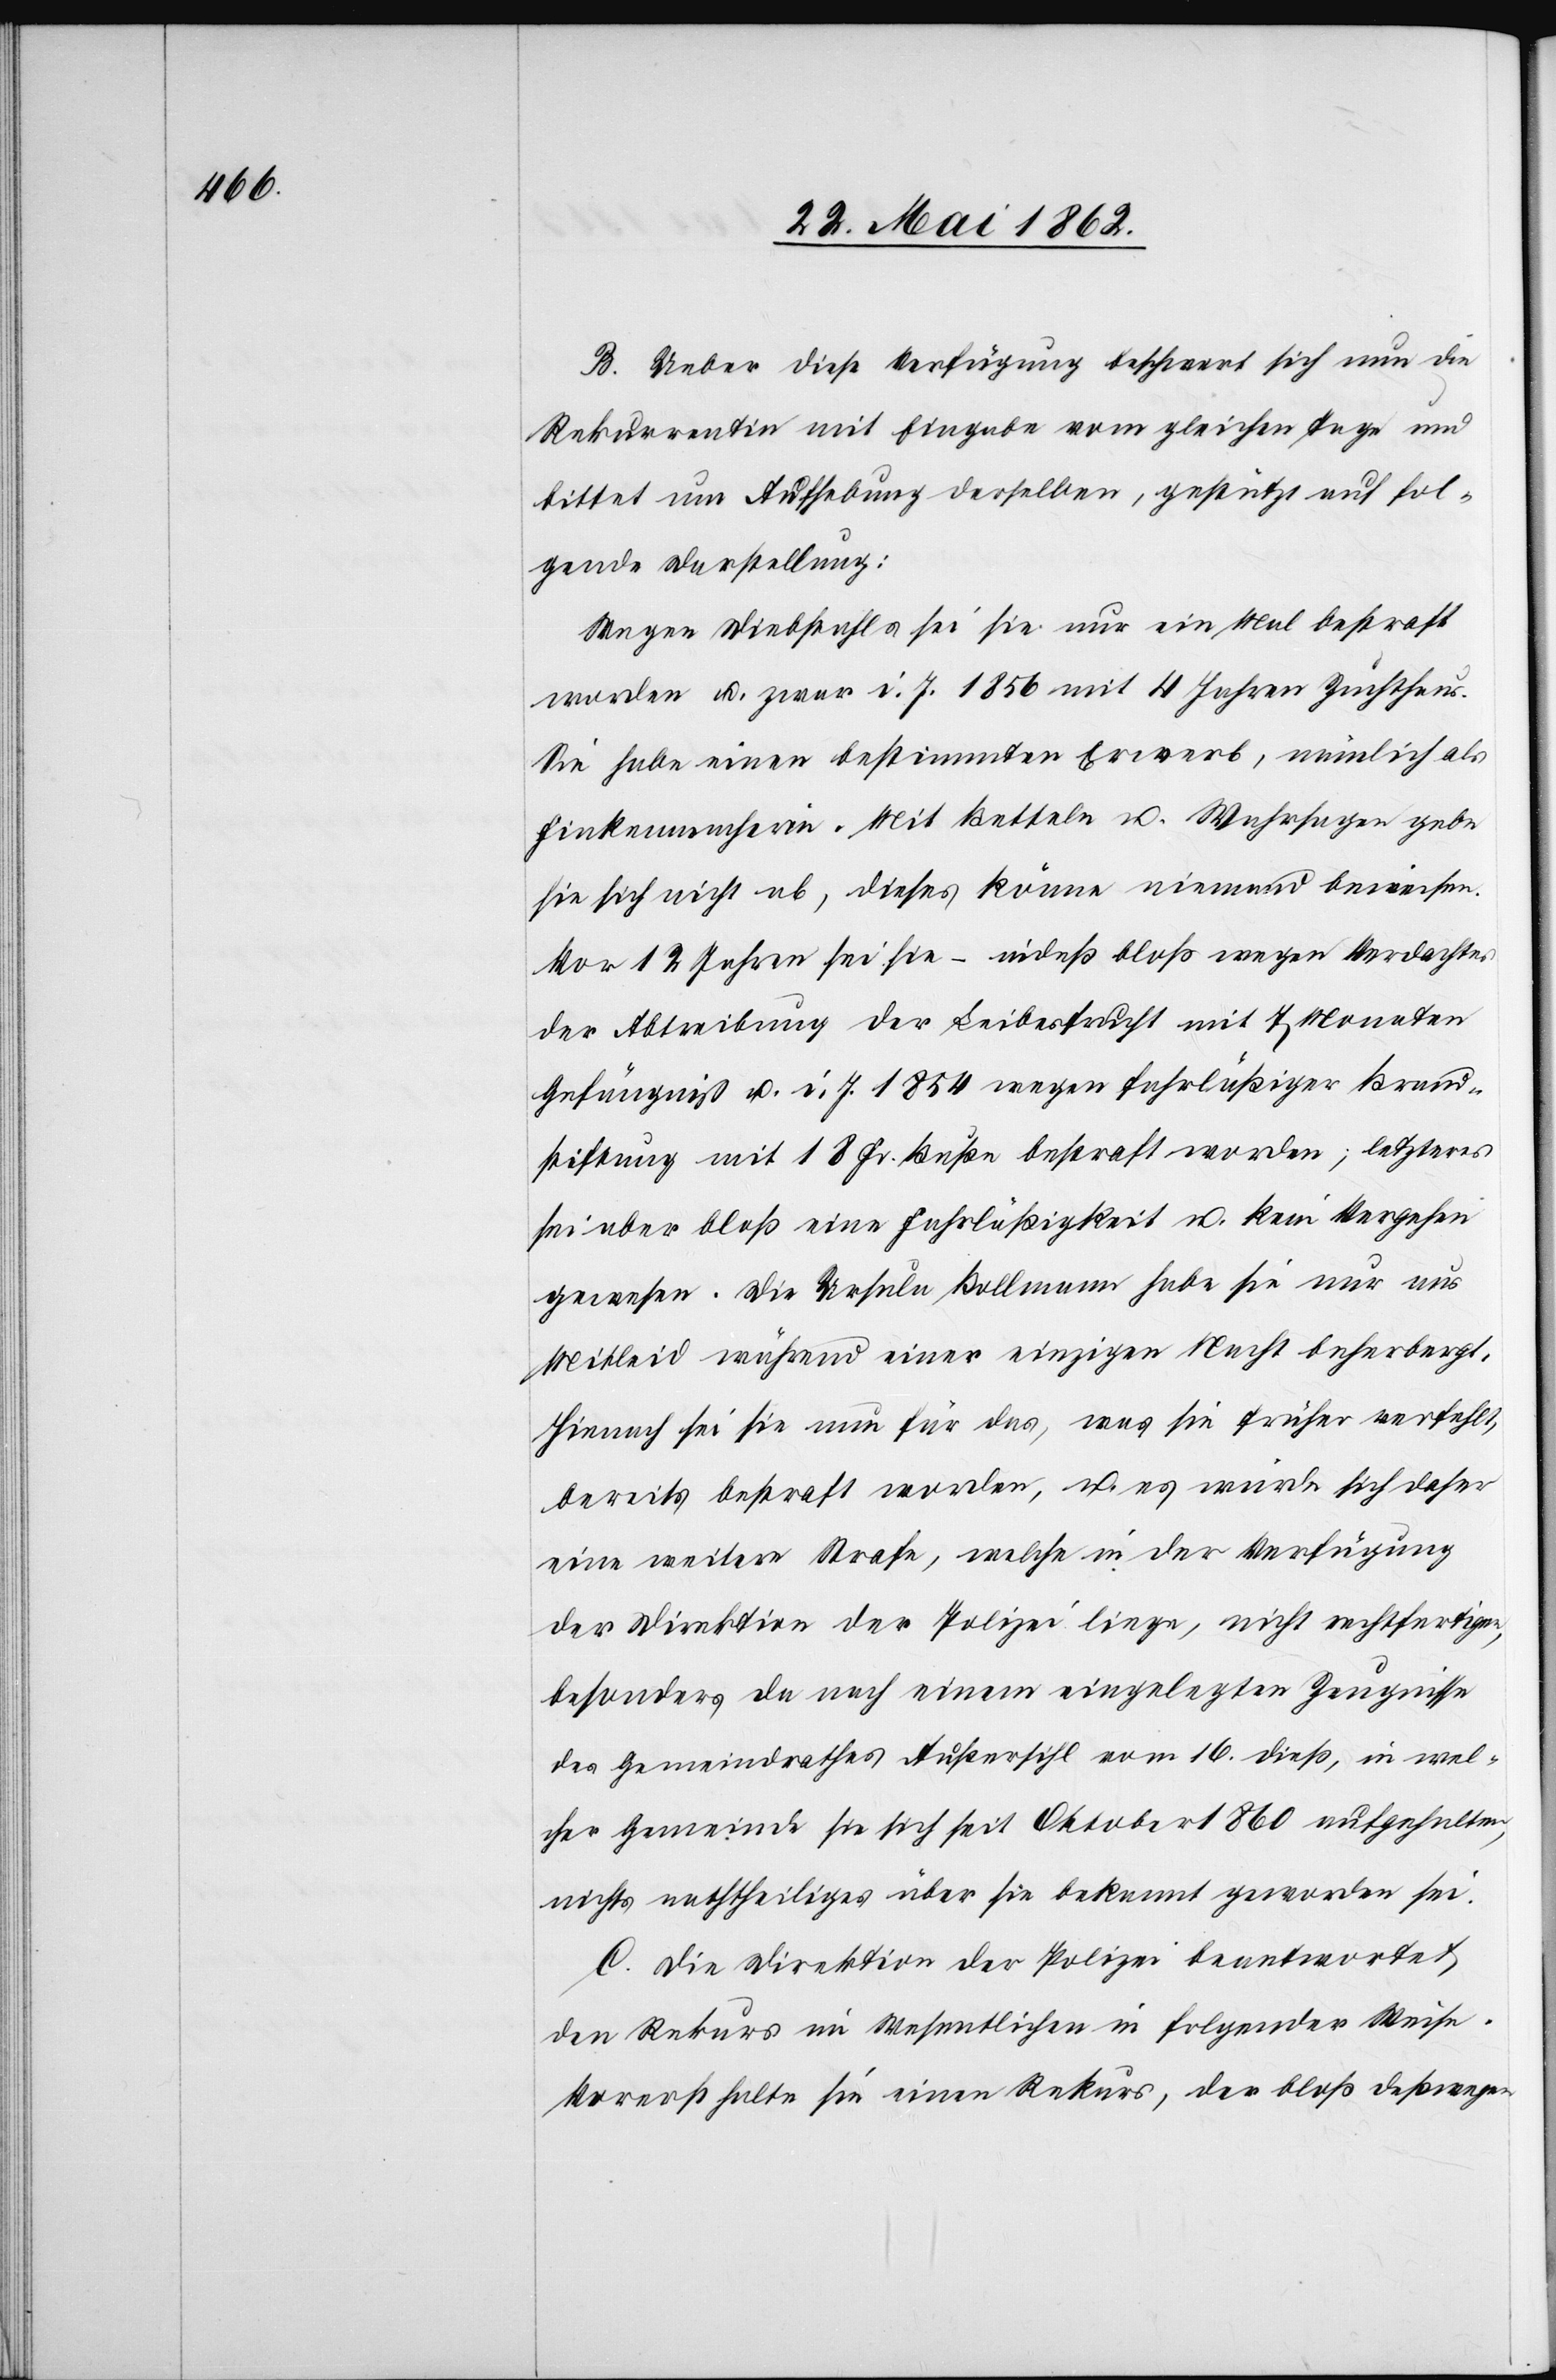
B. Ueber diese Verfügung beschwert sich nun die
Rekurrentin mit Eingabe vom gleichen Tage und
bittet um Aufhebung derselben, gestützt auf fol¬
gende Darstellung:
Wegen Diebstahls sei sie nur ein Mal bestraft
worden u. zwar i. J. 1856 mit 4 Jahren Zuchthaus.
Sie habe einen bestimmten Erwerb, nämlich als
Finkenmacherin. Mit Betteln u. Wahrsagen gebe
sie sich nicht ab, dieses könne niemand beweisen.
Vor 12 Jahren sei sie –indeß bloß wegen Verdachtes
der Abtreibung der Leibesfrucht mit 7 Monaten
Gefängniß u. i. J. 1854 wegen fahrläßiger Brands¬
tiftung mit 18 Fr. Buße bestraft worden; letzteres
sei aber bloß eine Fahrläßigkeit u. kein Vergehen
gewesen. Die Ursula Bollmann habe sie nur aus
Mitleid während einer einzigen Nacht beherbergt.
Hienach sei sie nun für das, was sie früher verfehlt,
bereits bestraft worden, u. es würde sich daher
eine weitere Strafe, welche in der Verfügung
der Direktion der Polizei liege, nicht rechtfertigen,
besonders da nach einem eingelegten Zeugnisse
des Gemeindrathes Außersihl vom 16. dieß, in wel¬
cher Gemeinde sie sich seit Oktober 1860 aufgehalten,
nichts nachtheiliges über sie bekannt geworden sei.
C. Die Direktion der Polizei beantwortet
den Rekurs im Wesentlichen in folgender Weise.
Vorerst halte sie einen Rekurs, der bloß deßwegen